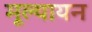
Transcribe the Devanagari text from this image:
मूल्यायन